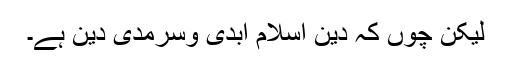
لیکن چوں کہ دین اسلام ابدی وسرمدی دین ہے۔